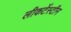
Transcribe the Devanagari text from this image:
लीकटेंस्टीन